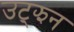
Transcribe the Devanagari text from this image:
उट्झन